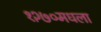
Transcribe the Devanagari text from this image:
१२७०मधला